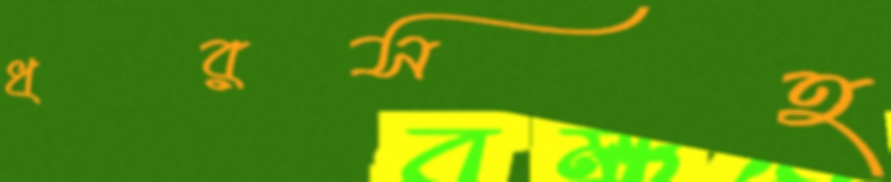
ধরসহ